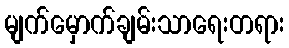
မျက်မှောက်ချမ်းသာရေးတရား